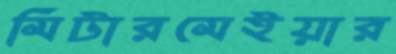
মিটারমেইয়ার